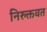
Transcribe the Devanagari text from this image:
निरुक्तवत